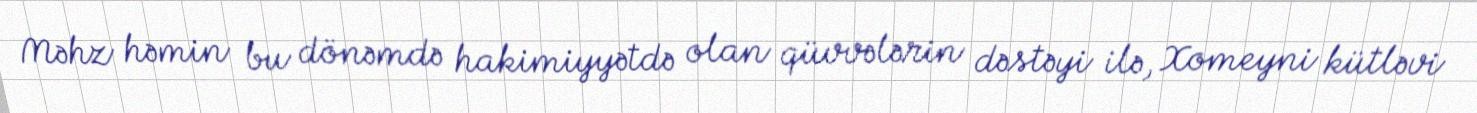
Məhz həmin bu dönəmdə hakimiyyətdə olan qüvvələrin dəstəyi ilə, Xomeyni kütləvi